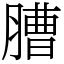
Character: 䐬